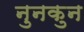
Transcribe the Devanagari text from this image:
नुनकुन